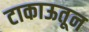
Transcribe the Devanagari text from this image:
टाकाऊतून